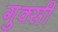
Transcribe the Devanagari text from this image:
गुक्सी